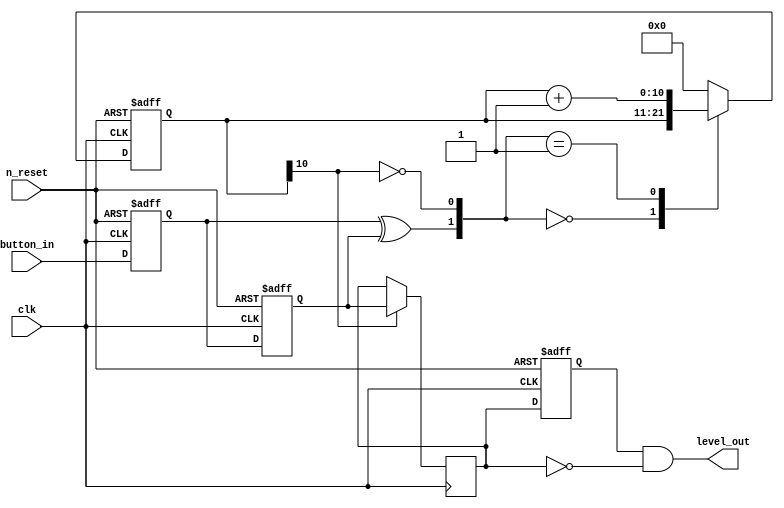
`timescale 1ns / 1ns
//////////////////////////////////////////////////////////////////////////////////
// Company:
// Engineer:
//
// Design Name:
// Module Name: Debounce
// Project Name:
// Target Devices:
// Tool Versions:
// Description:
//
// Dependencies:
//
// Revision:
// Revision 0.01 - File Created
// Additional Comments:
//
//////////////////////////////////////////////////////////////////////////////////

//wire PB_idle = (PB_state==PB_sync_1);
//wire PB_cnt_max = &PB_cnt;
module Debounce(
    output level_out,
    input clk,
    input n_reset,
    input button_in
    );
reg DB_out;

    /*
    Parameter N defines the debounce time. Assuming 50 KHz clock,
    the debounce time is 2^(11-1)/ 50 KHz = 20 ms

    For 50 MHz clock increase value of N accordingly to 21.

    */
   /*
   Parameter N defines the debounce time. Assuming 50 KHz clock,
   the debounce time is 2^(11-1)/ 50 KHz = 20 ms

   For 50 MHz clock increase value of N accordingly to 21.

   */
   parameter N = 11 ;

   reg  [N-1 : 0]  delaycount_reg;
   reg  [N-1 : 0]  delaycount_next;

   reg DFF1, DFF2;
   wire q_add;
   wire q_reset;


reg  delay_reg ; // Registers for detecting level change of DB_out

       always @ ( posedge clk or negedge n_reset )
       begin
           if(n_reset ==  0) // At reset initialize FF and counter
               begin
                   DFF1 <= 1'b0;
                   DFF2 <= 1'b0;
                   // For level change detection
                   delay_reg  <=  1'b0;

                   delaycount_reg <= { N {1'b0} };
               end
           else
               begin
                   DFF1 <= button_in;
                   DFF2 <= DFF1;
                   delaycount_reg <= delaycount_next;



                   delay_reg  <=  DB_out;// to detect level change
               end
       end


   assign q_reset = (DFF1  ^ DFF2); // Ex OR button_in on conecutive clocks
                                    // to detect level change

   assign  q_add = ~(delaycount_reg[N-1]); // Check count using MSB of counter


   always @ ( q_reset, q_add, delaycount_reg)
       begin
           case( {q_reset , q_add})
               2'b00 :
                       delaycount_next <= delaycount_reg;
               2'b01 :
                       delaycount_next <= delaycount_reg + 1;
               default :
               // In this case q_reset = 1 => change in level. Reset the counter
                       delaycount_next <= { N {1'b0} };
           endcase
       end


   always @ ( posedge clk )
       begin
           if(delaycount_reg[N-1] == 1'b1)
                   DB_out <= DFF2;
           else
                   DB_out <= DB_out;
       end


   assign  level_out  =  (delay_reg)  &  (~DB_out);

endmodule